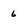
Character: 6